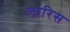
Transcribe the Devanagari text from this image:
लारिस